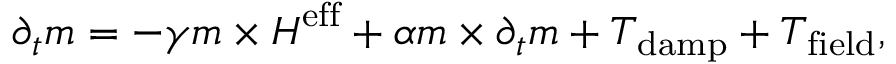
\centering { { \partial } _ { t } \boldsymbol { m } } = { - \gamma \boldsymbol { m } \times { \boldsymbol { H } } ^ { \mathrm { e f f } } + \alpha { \boldsymbol { m } } \times { \partial } _ { t } { \boldsymbol { m } } + \boldsymbol { T } _ { \mathrm { d a m p } } + \boldsymbol { T } _ { \mathrm { f i e l d } } } ,